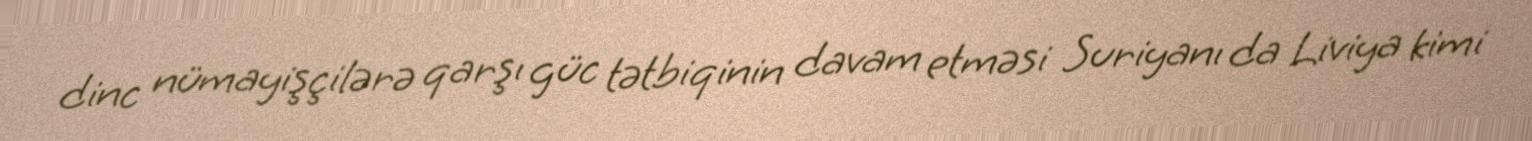
dinc nümayişçilərə qarşı güc tətbiqinin davam etməsi Suriyanı da Liviya kimi